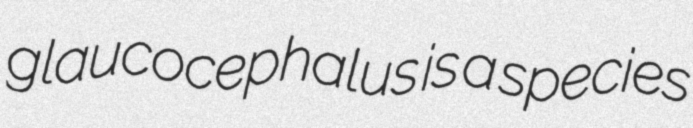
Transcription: glaucocephalus is a species